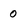
Character: 0